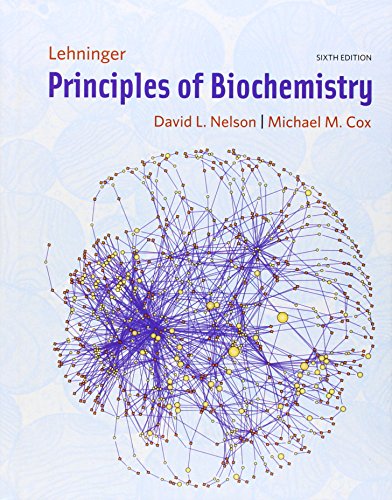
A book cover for Lehninger Principles of Biochemistry; David L. Nelson; Engineering & Transportation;